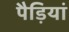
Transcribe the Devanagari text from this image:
पैड़ियां